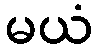
မယံ